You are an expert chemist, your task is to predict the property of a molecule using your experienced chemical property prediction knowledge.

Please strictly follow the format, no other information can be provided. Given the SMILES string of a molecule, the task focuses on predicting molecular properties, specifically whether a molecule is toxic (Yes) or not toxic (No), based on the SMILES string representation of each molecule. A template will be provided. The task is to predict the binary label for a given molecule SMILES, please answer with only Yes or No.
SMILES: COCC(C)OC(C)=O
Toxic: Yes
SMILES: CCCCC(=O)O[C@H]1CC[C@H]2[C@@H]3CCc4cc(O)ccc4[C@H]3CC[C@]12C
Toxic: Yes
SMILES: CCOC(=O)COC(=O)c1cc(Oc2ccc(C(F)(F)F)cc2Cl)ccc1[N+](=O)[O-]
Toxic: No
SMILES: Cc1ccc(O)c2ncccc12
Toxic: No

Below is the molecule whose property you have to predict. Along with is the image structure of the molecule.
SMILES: C=C(C)C(=O)OCCOCCOC(=O)C(=C)C
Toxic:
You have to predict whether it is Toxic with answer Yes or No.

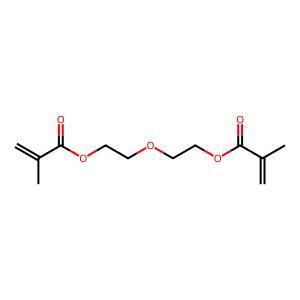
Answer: No